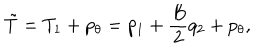
\tilde { T } = T _ { 1 } + p _ { \theta } = p _ { 1 } + \frac { B } { 2 } q _ { 2 } + p _ { \theta } ,